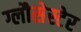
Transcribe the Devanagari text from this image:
ग्लौसेस्टेर